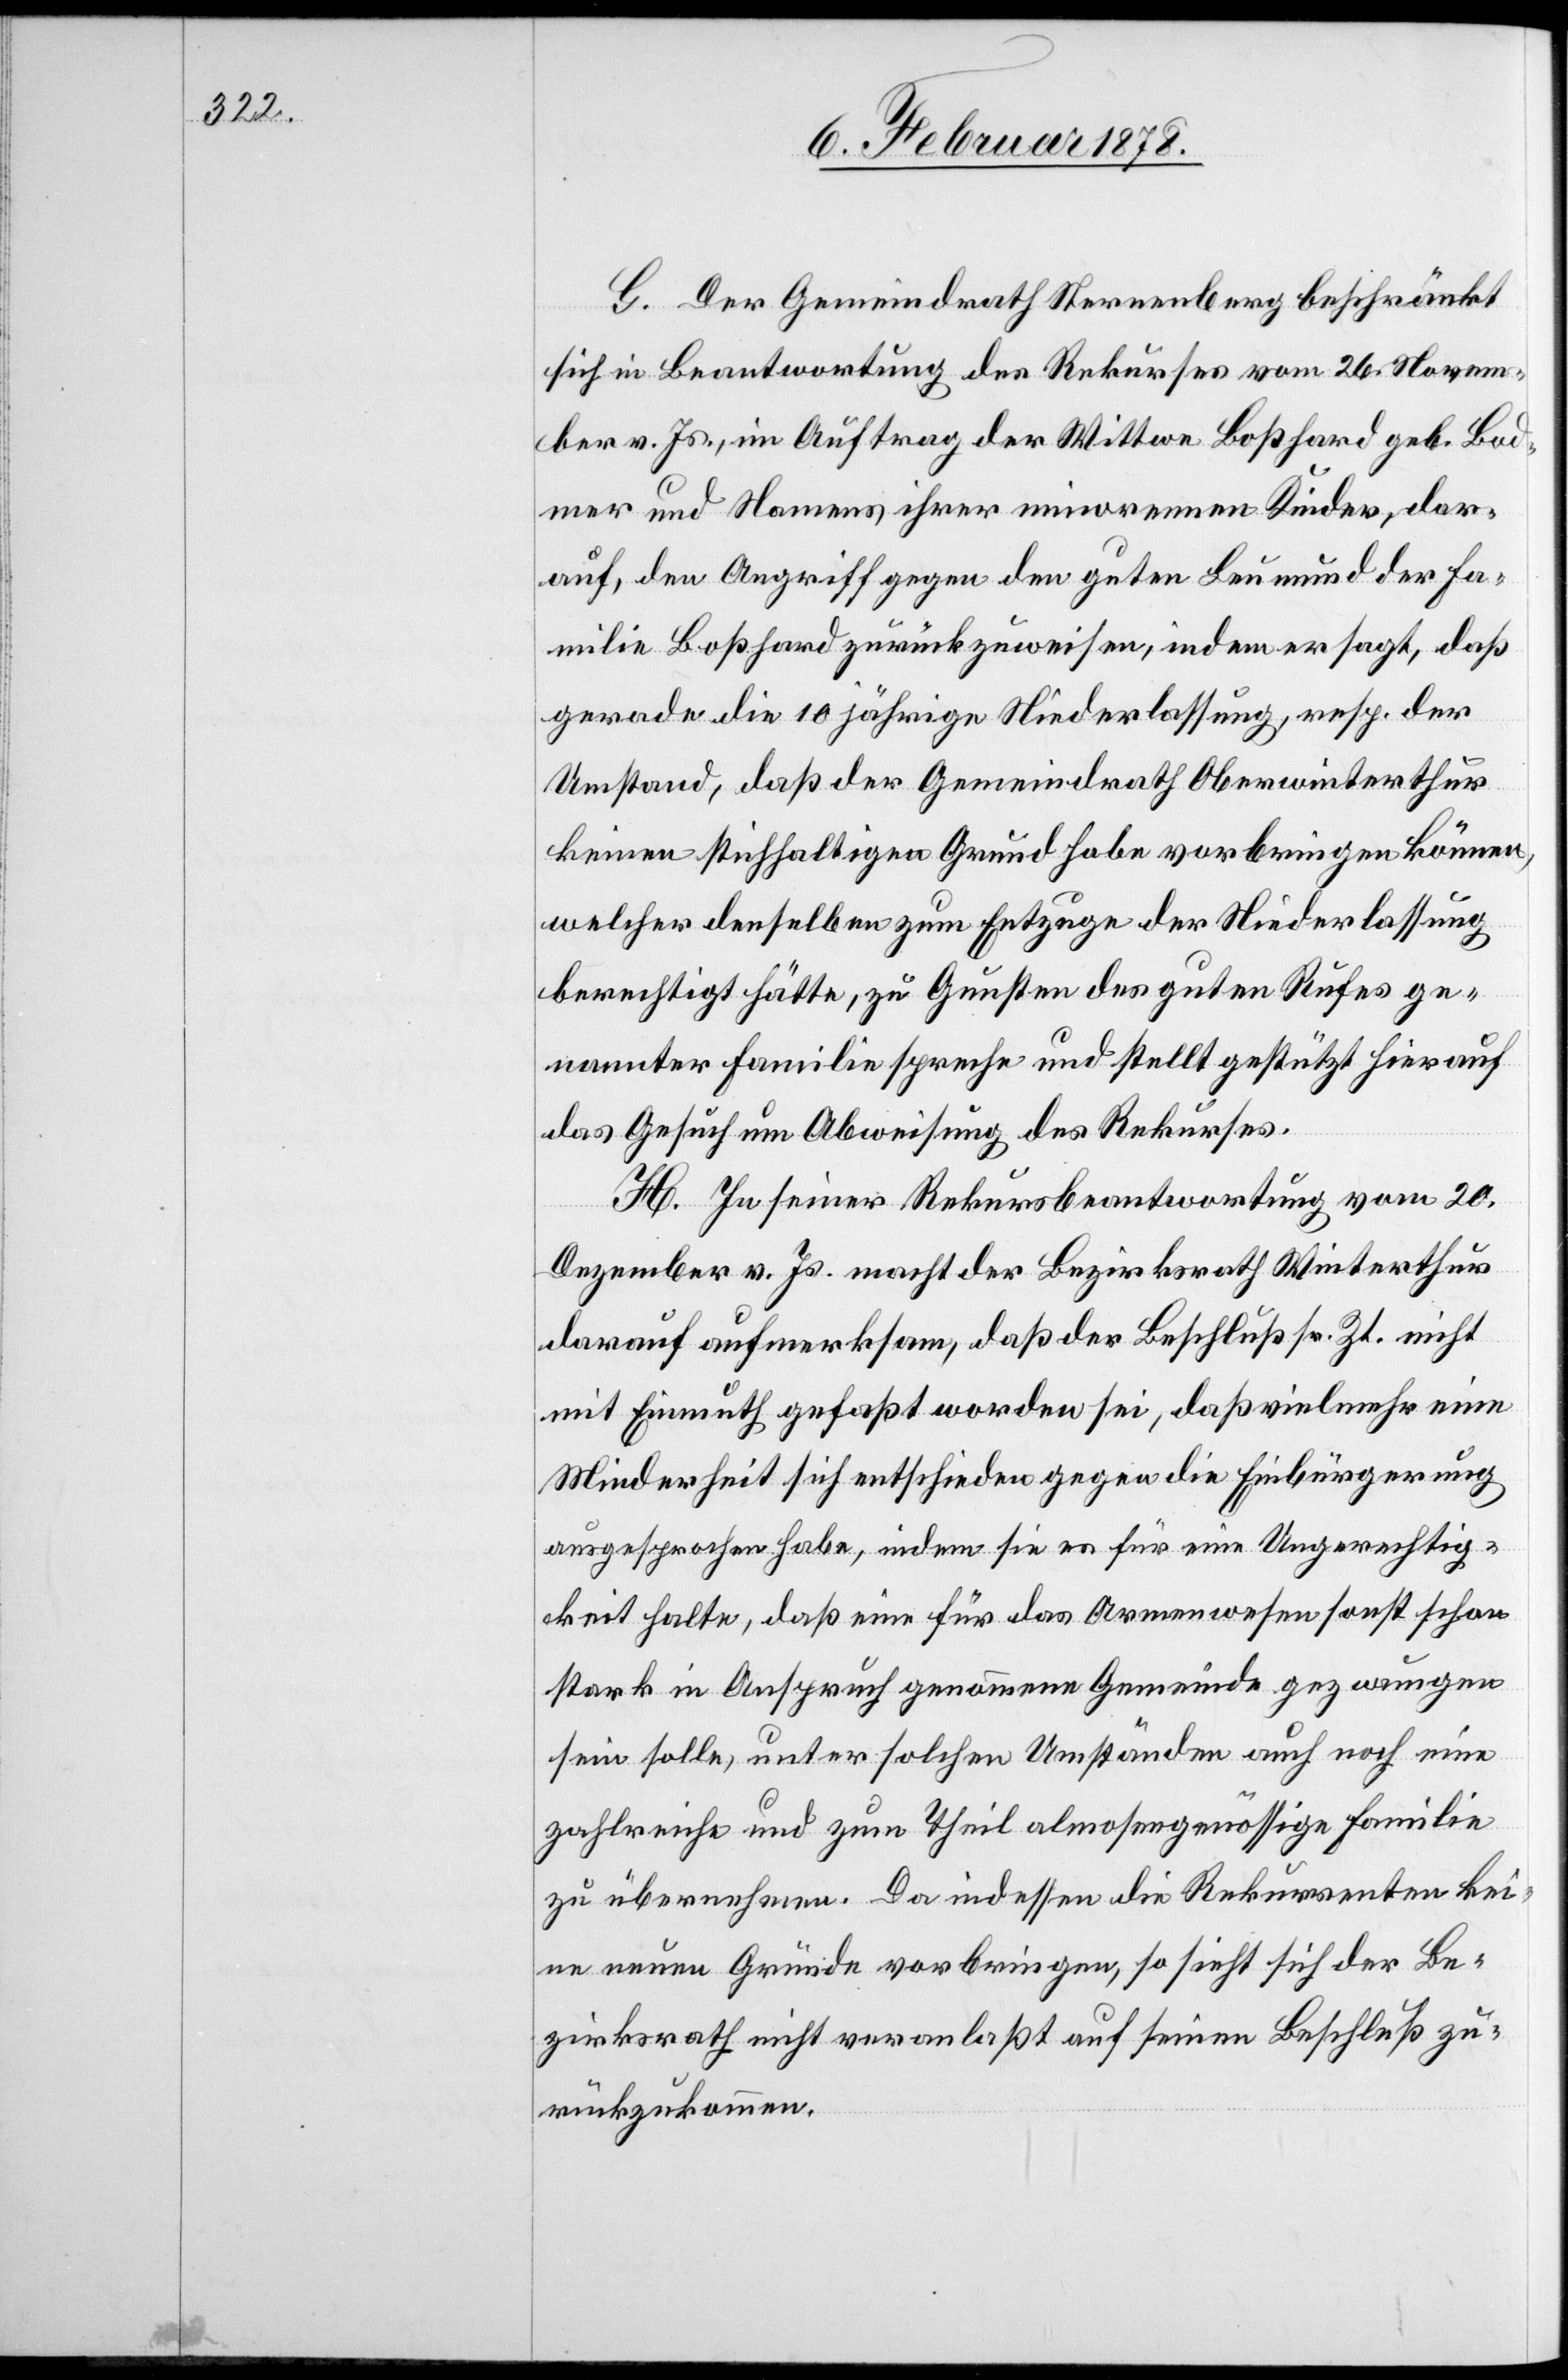
G. Der Gemeindrath Sternenberg beschränkt
sich in Beantwortung des Rekurses vom 26. Novem¬
ber v. Js., im Auftrag der Wittwe Boßhard geb. Bod¬
mer und Namens ihrer minorennen Kinder, dar¬
auf, den Angriff gegen den guten Leumund der Fa¬
milie Boßhard zurückzuweisen, indem er sagt, daß
gerade die 10 jährige Niederlassung, resp. der
Umstand, daß der Gemeindrath Oberwinterthur
keinen stichhaltigen Grund habe vorbringen können,
welcher denselben zum Entzuge der Niederlassung
berechtigt hätte, zu Gunsten des guten Rufes ge¬
nannter Familie spreche und stellt gestützt hierauf
das Gesuch um Abweisung des Rekurses.
H. In seiner Rekursbeantwortung vom 20.
Dezember v. Js. macht der Bezirksrath Winterthur
darauf aufmerksam, daß der Beschluß sr. Zt. nicht
mit Einmuth gefaßt worden sei, daß vielmehr eine
Minderheit sich entschieden gegen die Einbürgerung
ausgesprochen habe, indem sie es für eine Ungerechtig¬
keit halte, daß eine für das Armenwesen sonst schon
stark in Anspruch genommene Gemeinde gezwungen
sein solle, unter solchen Umständen auch noch eine
zahlreiche und zum Theil almosengenössige Familie
zu übernehmen. Da indessen die Rekurrenten kei¬
ne neuen Gründe vorbringen, so sieht sich der Be¬
zirksrath nicht veranlaßt auf seinen Beschluß zu¬
rückzukommen.